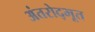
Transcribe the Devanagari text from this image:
अंतरोद्भूत